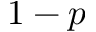
1 - p